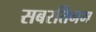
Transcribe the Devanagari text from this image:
सबरतिनम